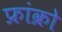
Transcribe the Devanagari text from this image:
फ्रांक्रो